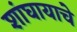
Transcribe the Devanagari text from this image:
शांघायाचे